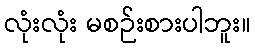
လုံးလုံး မစဉ်းစားပါဘူး။